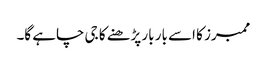
ممبرز کا اسے بار بار پڑھنے کا جی چاہے گا۔